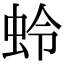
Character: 蛉